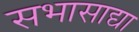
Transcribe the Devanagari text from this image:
सभासाद्या